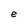
Character: e